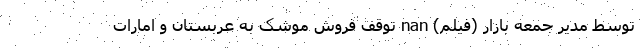
توسط مدیر جمعه بازار (فیلم) nan توقف فروش موشک به عربستان و امارات